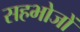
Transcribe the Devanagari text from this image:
सहभोजों